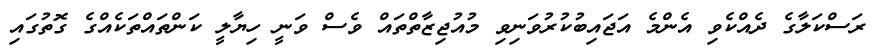
ރަސްކަލާގެ ދެއްކެވި އެންމެ އަޖައިބުކުރުވަނިވި މުއުޖިޒާތްތައް ވެސް ވަނީ ހިޔާލީ ކަންތައްތަކެއްގެ ގޮތުގައި